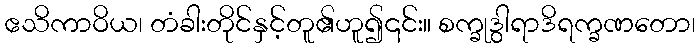
ဧသိကာဝိယ၊ တံခါးတိုင်နှင့်တူ၏ဟူ၍၎င်း။ စက္ခုဒွါရာဒိရက္ခဏတော၊